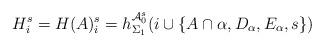
LaTeX: \begin{align*}H^s_i=H(A)^s_i = h^{\mathcal{A}_0^s}_{\Sigma_1}(i \cup \{ A\cap \alpha, D_\alpha, E_\alpha, s\})\end{align*}